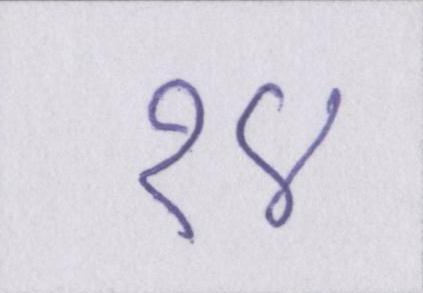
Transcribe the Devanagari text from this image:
१४